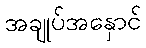
အချုပ်အနှောင်